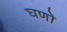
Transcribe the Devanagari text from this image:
घणो